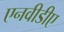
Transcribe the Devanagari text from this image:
एनवीडीए